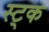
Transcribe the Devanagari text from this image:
स्ट्क